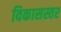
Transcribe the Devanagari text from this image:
विकासस्तर